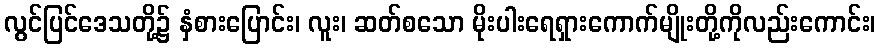
လွင်ပြင်ဒေသတို့၌ နှံစားပြောင်း၊ လူး၊ ဆတ်စသော မိုးပါးရေရှားကောက်မျိုးတို့ကိုလည်းကောင်း၊